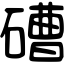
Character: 𥕢